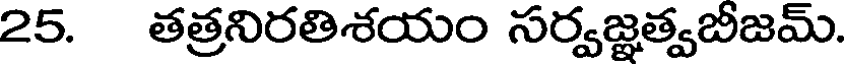
25. తత్రనిరతిశయం సర్వజ్ఞత్వబీజమ్.